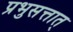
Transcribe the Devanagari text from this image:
प्रभुसत्तात्